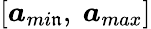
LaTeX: [\boldsymbol{a}_{mi\mathfrak{n}},\ \boldsymbol{a}_{max}]